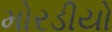
મોરડીયો